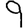
Digit: 9